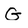
Character: G